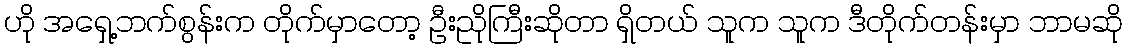
ဟို အရှေ့ဘက်စွန်းက တိုက်မှာတော့ ဦးညိုကြီးဆိုတာ ရှိတယ် သူက သူက ဒီတိုက်တန်းမှာ ဘာမဆို